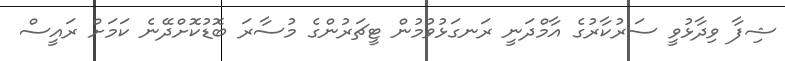
ޝިފާ ވިދާޅުވީ ސަރުކާރުގެ އާމްދަނީ ރަނގަޅުވުމުން ޓީޗަރުންގެ މުސާރަ ބޮޑުކޮށްދޭނެ ކަމަށް ރައީސް